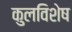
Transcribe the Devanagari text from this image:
कुलविशेष